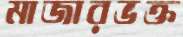
মাজারভক্ত